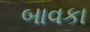
બાવકા